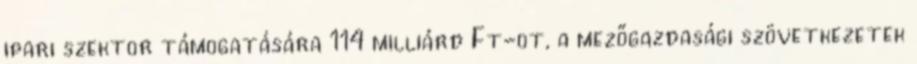
ipari szektor támogatására 114 milliárd Ft-ot, a mezőgazdasági szövetkezetek